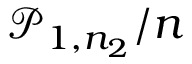
\mathcal { P } _ { 1 , n _ { 2 } } / n